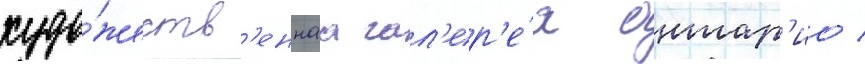
худо́жеств'еннаа гал'ер'е́я онтар'ио /